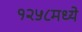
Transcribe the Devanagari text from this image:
१२५८मध्ये